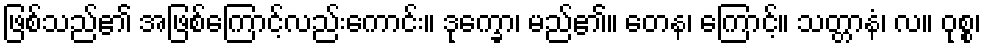
ဖြစ်သည်၏ အဖြစ်ကြောင့်လည်းကောင်း။ ဒုက္ခော၊ မည်၏။ တေန၊ ကြောင့်။ သတ္တာနံ၊ လ။ ဝုစ္စ၊